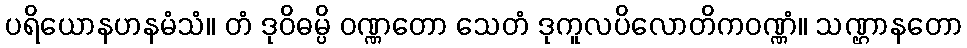
ပရိယောနဟနမံသံ။ တံ ဒုဝိဓမ္ပိ ဝဏ္ဏတော သေတံ ဒုကူလပိလောတိကဝဏ္ဏံ။ သဏ္ဌာနတော